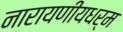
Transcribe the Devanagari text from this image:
नारायणीयधर्म